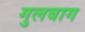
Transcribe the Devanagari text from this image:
गुलबाग